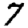
Digit: 7